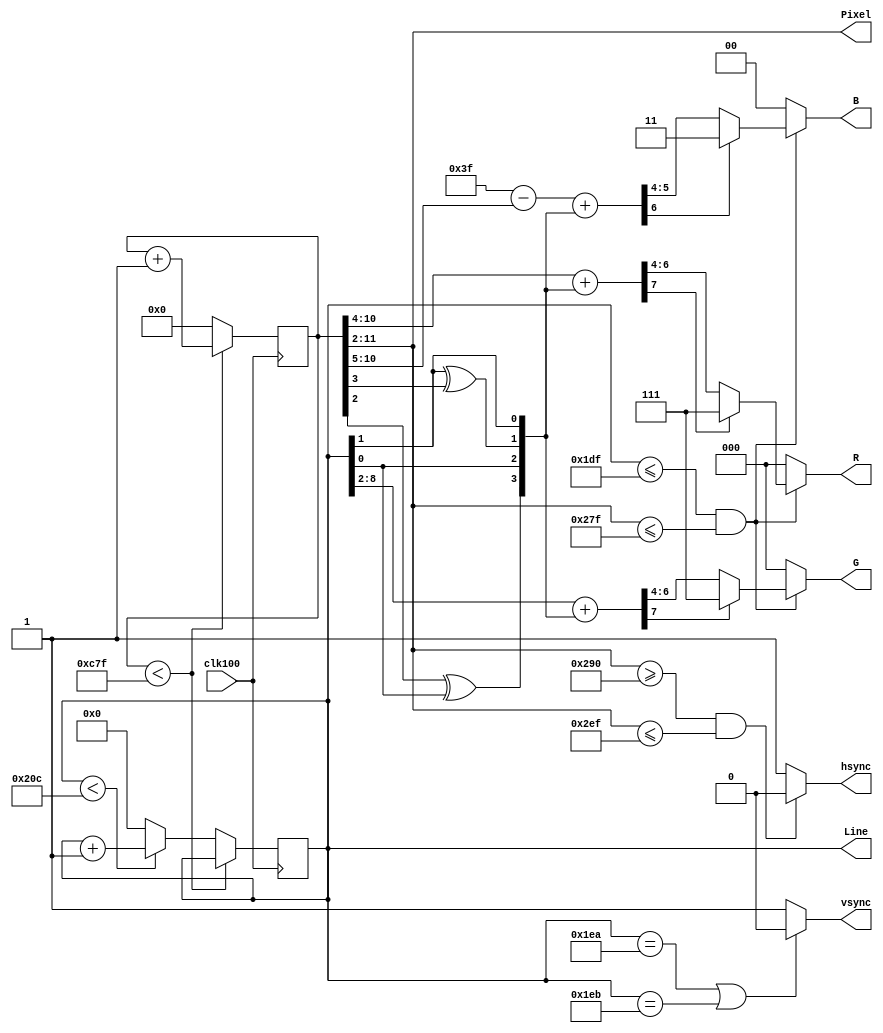
`timescale 1ns / 1ps
//////////////////////////////////////////////////////////////////////////////////
// Company: 
// Engineer: 
// 
// Design Name: 
// Module Name:    HighColourTest 
// Project Name: 
// Target Devices: 
// Tool versions: 
// Description: 
//
// Dependencies: 
//
// Revision: 
// Revision 0.01 - File Created
// Additional Comments: 
//
//////////////////////////////////////////////////////////////////////////////////
module HighColourTest(
    input clk100,
    output reg [2:0] R,
    output reg [2:0] G,
    output reg [1:0] B,
    output reg hsync,
    output reg vsync,
    output [9:0] Pixel,
    output [9:0] Line
    );
reg [11:0] xcount = 0;
reg  [9:0] ycount = 0;

wire [3:0] bayer = {xcount[2] ^ ycount[0], ycount[0], ycount[1] ^ xcount[3], ycount[1]};

assign Pixel = xcount[11:2];
assign Line = ycount[9:0];

wire PxAddr = {ycount[0], xcount[11:2]};
wire [7:0] red = xcount[10:4] + bayer;
wire [7:0] green = ycount[8:2] + bayer;
wire [6:0] blue = 'h3f - xcount[10:5] + bayer;
wire [7:0] PxData = {red[7]?3'h7:red[6:4], green[7]?3'h7:green[6:4], blue[6]?2'h3:blue[5:4]};

//Counter
always@(posedge clk100)
begin
	if(xcount < 3199)
		xcount <= xcount + 1;	
	else
	begin
		xcount <= 0;
		if(ycount < 524)
			ycount <= ycount + 1;
		else
			ycount <= 0;
	end
end

//Decoder
always@*
begin
	if (Line==490 || Line==491)
		vsync <= 0;
	else
		vsync <= 1;
  
	if (Pixel>=656 && Pixel<=751)
		hsync <= 0;
	else
		hsync <= 1;
  
	if (Line<=479 && Pixel<=639)
	begin
		R <= PxData[7:5];
		G <= PxData[4:2];
		B <= PxData[1:0];
	end
	else
	begin
		R <= 0;
		G <= 0;
		B <= 0;		
	end
end

endmodule